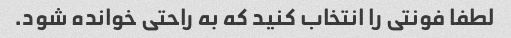
لطفا فونتی را انتخاب کنید که به راحتی خوانده شود.